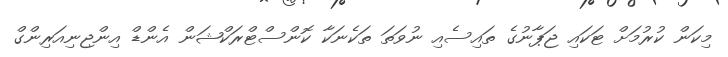
މިކަން ކުރުމަށް ޓަކައި ޖަޕާނުގެ ތައިސެއި ނުވަތަ ތަކެނަކާ ކޮންސްޓްރަކްޝަން އެންޑް އިންޖިނިއަރިންގް